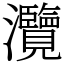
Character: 灠